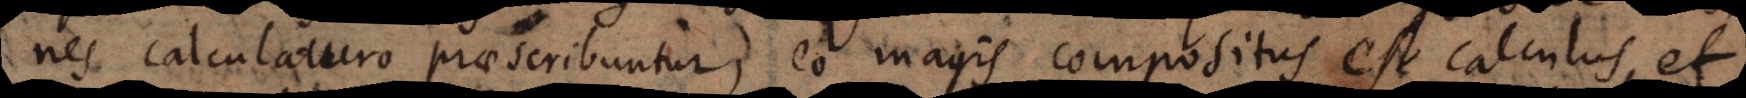
nes calculaturo praescribuntur, eo magis compositus est calculus, e